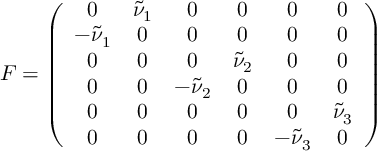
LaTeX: F = \left( \begin{array} { c c c c c c } { { 0 } } & { { \tilde { \nu } _ { 1 } } } & { { 0 } } & { { 0 } } & { { 0 } } & { { 0 } } \\ { { - \tilde { \nu } _ { 1 } } } & { { 0 } } & { { 0 } } & { { 0 } } & { { 0 } } & { { 0 } } \\ { { 0 } } & { { 0 } } & { { 0 } } & { { \tilde { \nu } _ { 2 } } } & { { 0 } } & { { 0 } } \\ { { 0 } } & { { 0 } } & { { - \tilde { \nu } _ { 2 } } } & { { 0 } } & { { 0 } } & { { 0 } } \\ { { 0 } } & { { 0 } } & { { 0 } } & { { 0 } } & { { 0 } } & { { \tilde { \nu } _ { 3 } } } \\ { { 0 } } & { { 0 } } & { { 0 } } & { { 0 } } & { { - \tilde { \nu } _ { 3 } } } & { { 0 } } \end{array} \right)